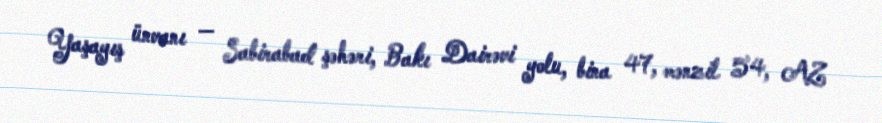
Yaşayış ünvanı — Sabirabad şəhəri, Bakı Dairəvi yolu, bina 47, mənzil 54, AZ